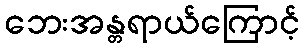
ဘေးအန္တရာယ်ကြောင့်